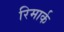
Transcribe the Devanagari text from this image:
रिमार्क